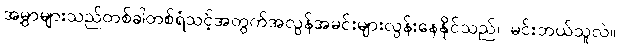
အမွှာများသည်တစ်ခါတစ်ရံသင့်အတွက်အလွန်အမင်းများလွန်းနေနိုင်သည်၊ မင်းဘယ်သူလဲ။